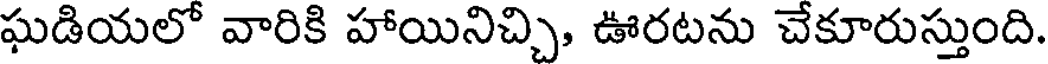
ఘడియలో వారికి హాయినిచ్చి, ఊరటను చేకూరుస్తుంది.